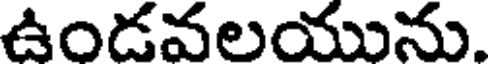
ఉండవలయును.